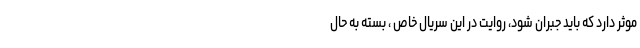
موثر دارد که باید جبران شود، روایت در این سریال خاص ، بسته به حال